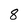
Character: 8